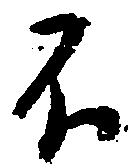
不